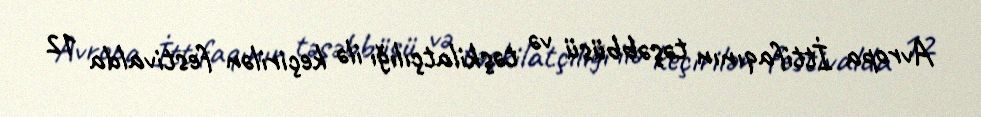
Avropa İttifaqının təşəbbüsü və təşkilatçılığı ilə keçirilən festivalda 12